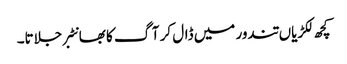
کچھ لکڑیاں تندور میں ڈال کر آگ کا بھانٹبر جلاتا۔